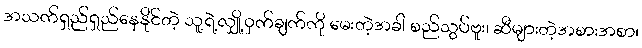
အသက်ရှည်ရှည်နေနိုင်တဲ့ သူ့ရဲ့လျှို့ဝှက်ချက်ကို မေးတဲ့အခါ စည်သွပ်ဗူး၊ ဆီများတဲ့အစားအစာ၊